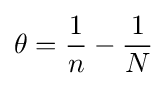
\theta ={\frac {1}{n}}-{\frac {1}{N}}